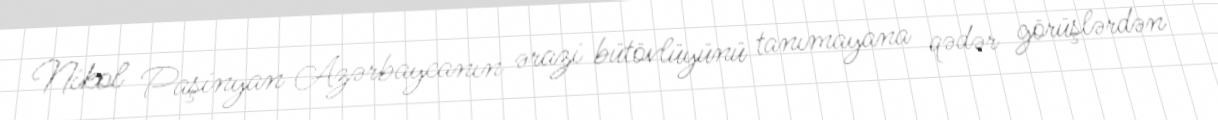
Nikol Paşinyan Azərbaycanın ərazi bütövlüyünü tanımayana qədər görüşlərdən